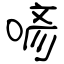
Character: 喭